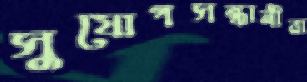
সুযোগসন্ধানীরা